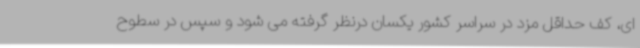
ای، کف حداقل مزد در سراسر کشور یکسان درنظر گرفته می شود و سپس در سطوح